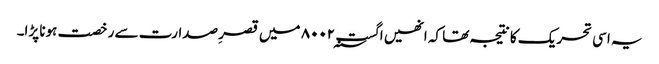
یہ اسی تحریک کا نتیجہ تھا کہ انھیں اگست ۸۰۰۲؁ میں قصرِ صدارت سے رخصت ہونا پڑا۔